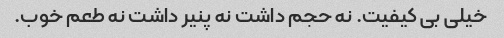
خیلی بی کیفیت. نه حجم داشت نه پنیر داشت نه طعم خوب.